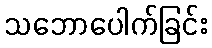
သဘောပေါက်ခြင်း